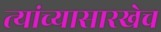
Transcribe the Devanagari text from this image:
त्यांच्यासारखेच